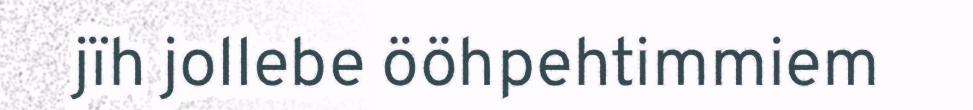
jïh jollebe ööhpehtimmiem